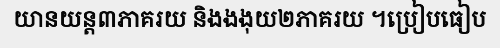
យានយន្ត៣ភាគរយ និងងងុយ២ភាគរយ ។ប្រៀបធៀប